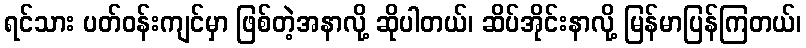
ရင်သား ပတ်ဝန်းကျင်မှာ ဖြစ်တဲ့အနာလို့ ဆိုပါတယ်၊ ဆိပ်အိုင်းနာလို့ မြန်မာပြန်ကြတယ်၊